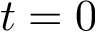
t = 0